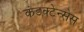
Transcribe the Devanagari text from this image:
कंडक्टेन्सेस